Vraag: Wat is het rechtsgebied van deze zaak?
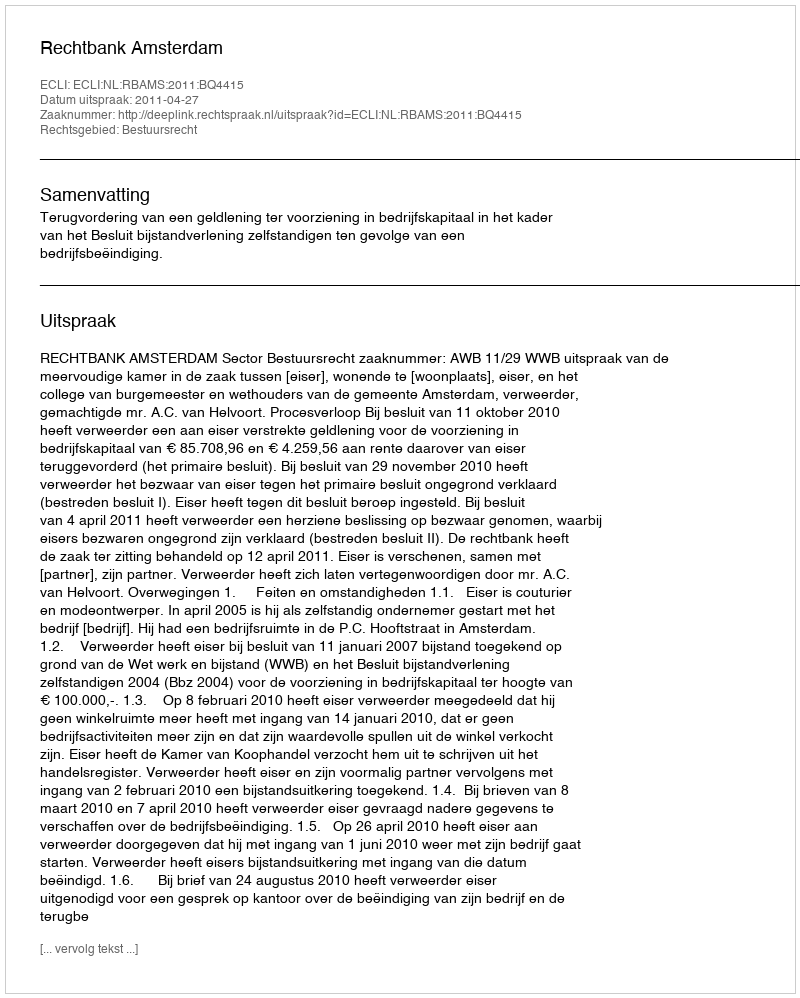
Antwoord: Bestuursrecht